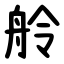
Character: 舲